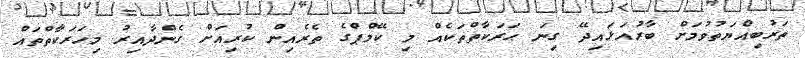
ތަރުބިއްޔަތުވުމަށް ބާރުއަޅައިދޭ ގިނަ ޙަރަކާތްތަކެއް މި ކޭމްޕްގެ ތެރެއިން ކުރިއަށް ގެންދާއިރު މިހަރަކާތްތައް